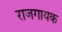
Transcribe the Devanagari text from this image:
राजगायक